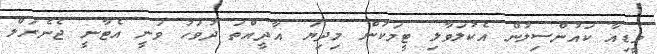
މީޑިއާ ކައުންސިލުން އެކުލަވާލި ޓީމަކުން މިދިޔަ އާދީއްތަ ދުވަހު ވަނީ އެޓާނީ ޖެނެރަލް